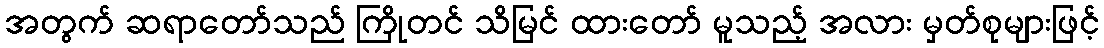
အတွက် ဆရာတော်သည် ကြိုတင် သိမြင် ထားတော် မူသည့် အလား မှတ်စုများဖြင့်